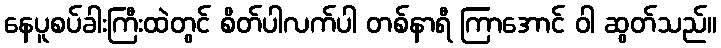
နေပူစပ်ခါးကြီးထဲတွင် စိတ်ပါလက်ပါ တစ်နာရီ ကြာအောင် ဝါ ဆွတ်သည်။